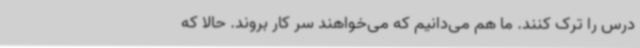
درس را ترک کنند. ما هم می‌دانیم که می‌خواهند سر کار بروند. حالا که